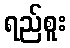
ရည်စူး